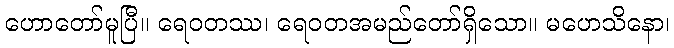
ဟောတော်မူပြီ။ ရေဝတဿ၊ ရေဝတအမည်တော်ရှိသော။ မဟေသိနော၊